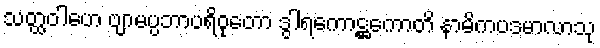
သတ္ထဝါဟေ ဗျာမပ္ပဘာပရိဝုတော ဒွါရကောဋ္ဌကောတိ နာမိကပဒမာလာသု